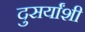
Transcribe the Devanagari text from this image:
दुसर्यांशी